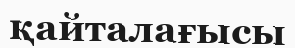
қайталағысы